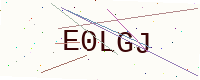
Text: E0LGJ